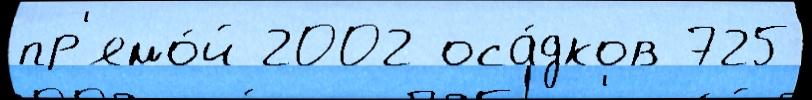
пр'ямо́й 2002 оса́дков 725